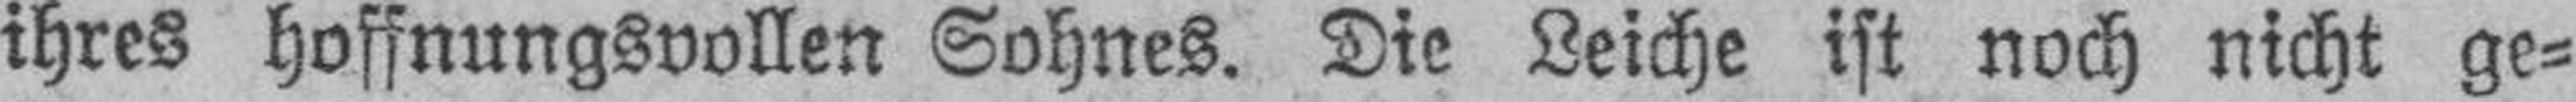
ihres hoffnungsvollen Sohnes. Die Leiche ist noch nicht ge¬